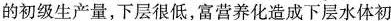
的初级生产量，下层很低，富营养化造成下层水体初